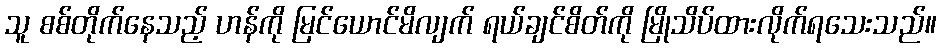
သူ စစ်တိုက်နေသည့် ဟန်ကို မြင်ယောင်မိလျက် ရယ်ချင်စိတ်ကို မြိုသိပ်ထားလိုက်ရသေးသည်။